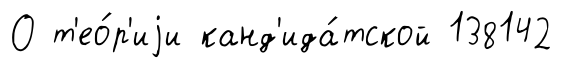
О т'ео́р'иjи канд'ида́тской 138142